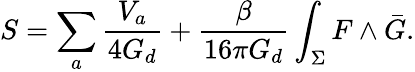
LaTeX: S=\sum_{a}\frac{V_{a}}{4G_{d}}+\frac{\beta}{16\pi G_{d}}\int_{\Sigma}F\wedge\bar{G}.